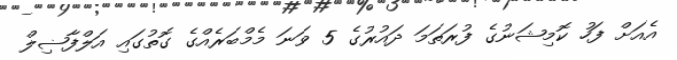
އެއަށް ފަހު ކޮމިޝަނުގެ ފުރަތަމަ ދައުރުގެ 5 ވަނަ މެމްބަރެއްގެ ގޮތުގައި އަލްފާޟިލް